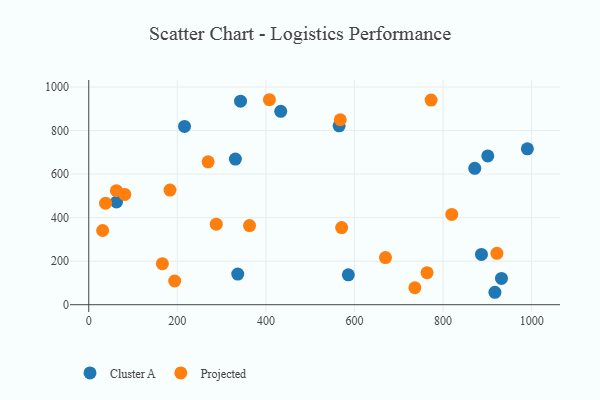
{"axis": {"x": "Experience", "y": "Rating"}, "legend": ["Cluster A", "Projected"], "data": [{"x": "62.7", "y": 471.7, "type": "Cluster A"}, {"x": "216.2", "y": 818.8, "type": "Cluster A"}, {"x": "433.5", "y": 888.4, "type": "Cluster A"}, {"x": "336.4", "y": 140.8, "type": "Cluster A"}, {"x": "871.6", "y": 626.5, "type": "Cluster A"}, {"x": "565.3", "y": 821.6, "type": "Cluster A"}, {"x": "586.1", "y": 137.4, "type": "Cluster A"}, {"x": "990.4", "y": 716.1, "type": "Cluster A"}, {"x": "931.9", "y": 120.7, "type": "Cluster A"}, {"x": "342.7", "y": 934.9, "type": "Cluster A"}, {"x": "331.1", "y": 669.1, "type": "Cluster A"}, {"x": "901.0", "y": 683.4, "type": "Cluster A"}, {"x": "886.7", "y": 230.8, "type": "Cluster A"}, {"x": "917.1", "y": 57.1, "type": "Cluster A"}, {"x": "269.5", "y": 656.4, "type": "Projected"}, {"x": "37.9", "y": 466.2, "type": "Projected"}, {"x": "407.9", "y": 941.6, "type": "Projected"}, {"x": "183.4", "y": 526.6, "type": "Projected"}, {"x": "670.0", "y": 216.5, "type": "Projected"}, {"x": "773.0", "y": 940.2, "type": "Projected"}, {"x": "81.3", "y": 506.6, "type": "Projected"}, {"x": "921.6", "y": 236.2, "type": "Projected"}, {"x": "736.4", "y": 78.0, "type": "Projected"}, {"x": "31.3", "y": 340.9, "type": "Projected"}, {"x": "819.7", "y": 414.8, "type": "Projected"}, {"x": "567.9", "y": 849.5, "type": "Projected"}, {"x": "62.4", "y": 523.9, "type": "Projected"}, {"x": "287.9", "y": 369.7, "type": "Projected"}, {"x": "571.0", "y": 354.1, "type": "Projected"}, {"x": "166.2", "y": 188.5, "type": "Projected"}, {"x": "363.0", "y": 363.4, "type": "Projected"}, {"x": "763.9", "y": 147.0, "type": "Projected"}, {"x": "194.0", "y": 108.9, "type": "Projected"}]}